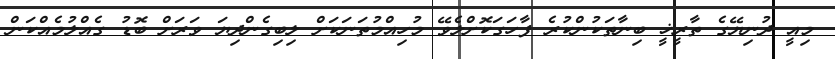
މިއީ ދުނިޔޭގެ ތާރީޚީ ބިނާތަކުންކުރެ ފާހަގަކޮށްލެވޭ މުހިއްމުތަނަކަށް ލިބިގެންދިޔަ ވަރަށް ބޮޑު ގެއްލުމެއްކަން